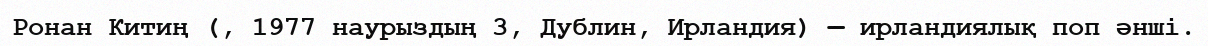
Ронан Китиң (, 1977 наурыздың 3, Дублин, Ирландия) — ирландиялық поп әнші.